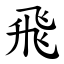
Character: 飛